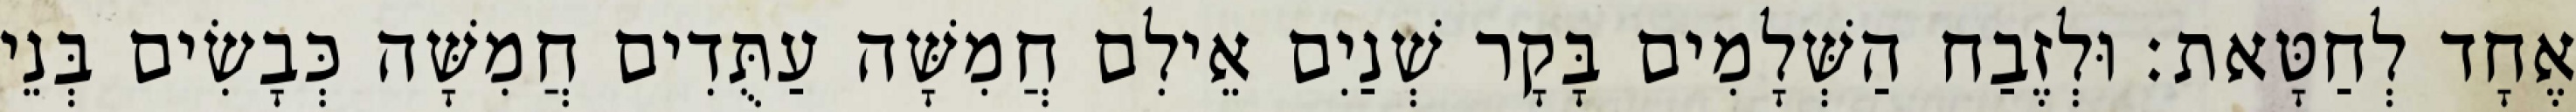
אֶחָד לְחַטָּאת׃ וּלְזֶבַח הַשְּׁלָמִים בָּקָר שְׁנַיִם אֵילִם חֲמִשָּׁה עַתֻּדִים חֲמִשָּׁה כְּבָשִׂים בְּנֵי